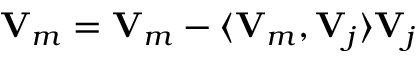
{ \bf V } _ { m } = { \bf V } _ { m } - \langle { \bf V } _ { m } , { \bf V } _ { j } \rangle { \bf V } _ { j }